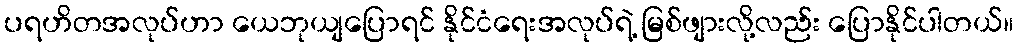
ပရဟိတအလုပ်ဟာ ယေဘုယျပြောရင် နိုင်ငံရေးအလုပ်ရဲ့ မြစ်ဖျားလို့လည်း ပြောနိုင်ပါတယ်။